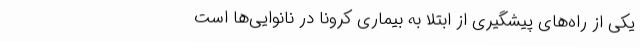
یکی از راه‌های پیشگیری از ابتلا به بیماری کرونا در نانوایی‌ها است